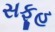
સફૂહ